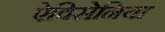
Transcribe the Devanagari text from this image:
ऐविसेनिया